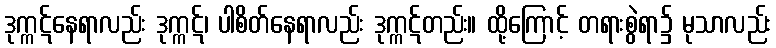
ဒုက္ကဋ်နေရာလည်း ဒုက္ကဋ်၊ ပါစိတ်နေရာလည်း ဒုက္ကဋ်တည်း။ ထို့ကြောင့် တရားစွဲရာ၌ မုသာလည်း